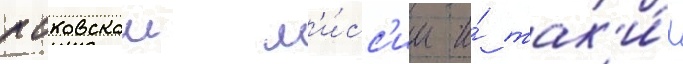
псковскои м'и́сс'ии и́ так'и́х